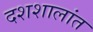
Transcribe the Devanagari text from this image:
दशशालांत